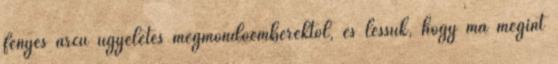
fényes arcú ügyeletes megmondóemberektől, és lessük, hogy ma megint